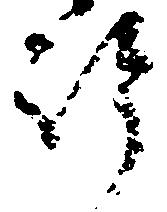
許